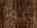
كما